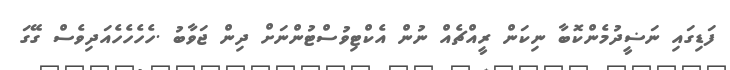
ފަޑިގައި ނަޟީދުމެންކޮބާ ނިކަން ރީއްޗެއް ނުން އެކްޓިވުސްޓުންނަށް ދިން ޖަވާބު .ހެހެހެހެއަދިވެސް ގޭގަ